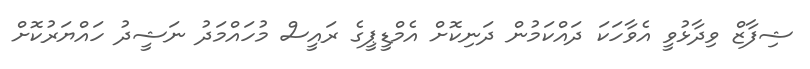
ޝިފާޒް ވިދާޅުވީ އެވާހަކަ ދައްކަމުން ދަނިކޮށް އެމްޑީޕީގެ ރައީސް މުހައްމަދު ނަޝީދު ހައްޔަރުކޮށް